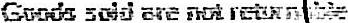
GOODS SOLD ARE NOT RETURNABLE